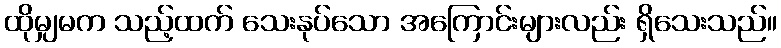
ထိုမျှမက သည့်ထက် သေးနုပ်သော အကြောင်းများလည်း ရှိသေးသည်။